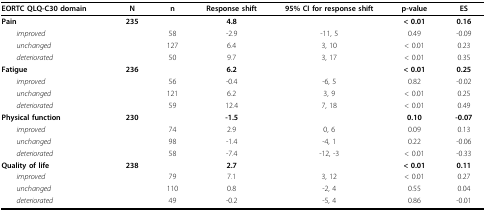
<table><thead><tr><td><b>EORTC QLQ-C30 domain</b></td><td><b>N</b></td><td><b>n</b></td><td><b>Response shift</b></td><td><b>95% CI for response shift</b></td><td><b>p-value</b></td><td><b>ES</b></td></tr></thead><tbody><tr><td><b>Pain</b></td><td><b>235</b></td><td></td><td><b>4.8</b></td><td></td><td><b>&lt; 0.01</b></td><td><b>0.16</b></td></tr><tr><td> <i>improved</i></td><td></td><td>58</td><td>-2.9</td><td>-11, 5</td><td>0.49</td><td>-0.09</td></tr><tr><td> <i>unchanged</i></td><td></td><td>127</td><td>6.4</td><td>3, 10</td><td>&lt; 0.01</td><td>0.23</td></tr><tr><td> <i>deteriorated</i></td><td></td><td>50</td><td>9.7</td><td>3, 17</td><td>&lt; 0.01</td><td>0.35</td></tr><tr><td><b>Fatigue</b></td><td><b>236</b></td><td></td><td><b>6.2</b></td><td></td><td><b>&lt; 0.01</b></td><td><b>0.25</b></td></tr><tr><td> <i>improved</i></td><td></td><td>56</td><td>-0.4</td><td>-6, 5</td><td>0.82</td><td>-0.02</td></tr><tr><td> <i>unchanged</i></td><td></td><td>121</td><td>6.2</td><td>3, 9</td><td>&lt; 0.01</td><td>0.25</td></tr><tr><td> <i>deteriorated</i></td><td></td><td>59</td><td>12.4</td><td>7, 18</td><td>&lt; 0.01</td><td>0.49</td></tr><tr><td><b>Physical function</b></td><td><b>230</b></td><td></td><td><b>-1.5</b></td><td></td><td><b>0.10</b></td><td><b>-0.07</b></td></tr><tr><td> <i>improved</i></td><td></td><td>74</td><td>2.9</td><td>0, 6</td><td>0.09</td><td>0.13</td></tr><tr><td> <i>unchanged</i></td><td></td><td>98</td><td>-1.4</td><td>-4, 1</td><td>0.22</td><td>-0.06</td></tr><tr><td> <i>deteriorated</i></td><td></td><td>58</td><td>-7.4</td><td>-12, -3</td><td>&lt; 0.01</td><td>-0.33</td></tr><tr><td><b>Quality of life</b></td><td><b>238</b></td><td></td><td><b>2.7</b></td><td></td><td><b>&lt; 0.01</b></td><td><b>0.11</b></td></tr><tr><td> <i>improved</i></td><td></td><td>79</td><td>7.1</td><td>3, 12</td><td>&lt; 0.01</td><td>0.27</td></tr><tr><td> <i>unchanged</i></td><td></td><td>110</td><td>0.8</td><td>-2, 4</td><td>0.55</td><td>0.04</td></tr><tr><td> <i>deteriorated</i></td><td></td><td>49</td><td>-0.2</td><td>-5, 4</td><td>0.86</td><td>-0.01</td></tr></tbody></table>